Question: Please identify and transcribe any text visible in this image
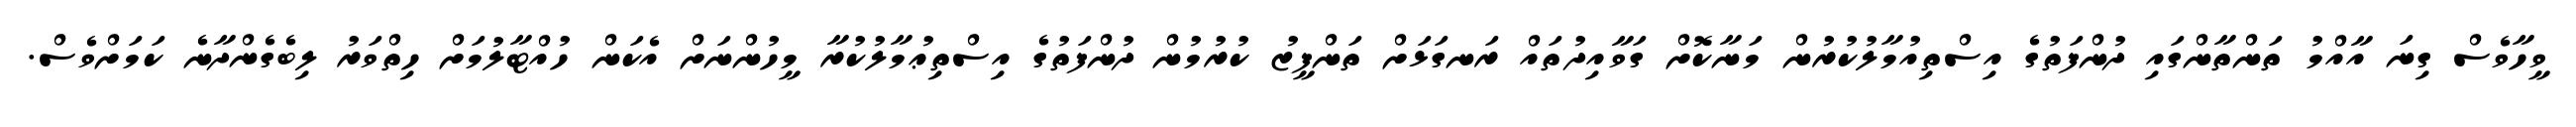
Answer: ވީހާވެސް ގިނަ އާއްމު ތަންތާންގައި ދުންފަތުގެ އިސްތިއުމާލުކުރުން މަނާކޮށް ގަވާއިދުތައް ރަނގަޅަށް ތަންފީޒު ކުރުމުން ދުންފަތުގެ އިސްތިޢުމާލުކުރާ މީހުންނަށް އެކަން ހުއްޓާލުމަށް ހިތްވަރު ލިބެގެންދާނެ ކަމަށްވެސް.